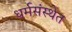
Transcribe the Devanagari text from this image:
धर्मसंस्थेत